Senior Leaving Certificate Examination (including Day School Certificate (Higher) General paper), 1948
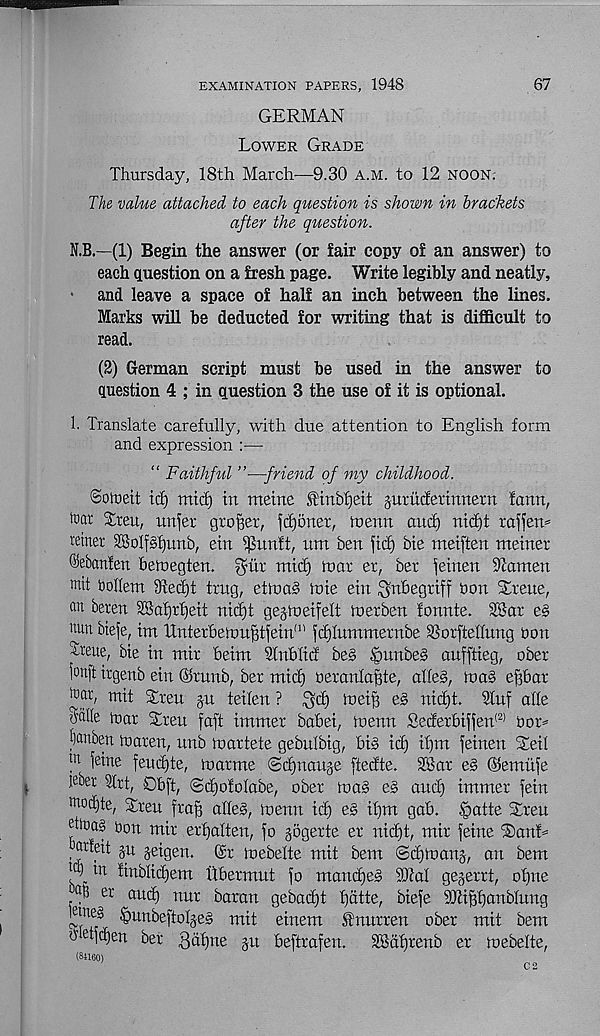
67
EXAMINATION PAPERS, 1948
GERMAN
Lower Grade
Thursday, 18th March-—9.30 a.m. to 12 noon.
The value attached to each question is shown in brackets
after the question.
N.B.—(1) Begin the answer (or fair copy of an answer) to
each question on a fresh page. Write legibly and neatly,
•
and leave a space of half an inch between the lines,
Marks will be deducted for writing that is difficult to
read.
(2) German script must be used in the answer to
question 4 ; in question 3 the use of it is optional.
1. Translate carefully, with due attention to English form
and expression :—
“ Faithful ”—friend of my childhood.
©oioeit id) mid) in meine I'inbfjeit guruderimtern lann,
tear Lteu, unfet grower, )d)5rter, menu and) nid)t raffem
xtmx 23oIf§l)unb, ein ^untt, um ben fid) bie meiften meiner
^ebanfen beiuegten. ^iir mid) mar er, ber feinen Stamen
mii bollem 9ted)t trug, etma§ mie ein ^nbegriff bon SLreue,
atl ^eten T8af)rt)eit nid)t gejmeifelt merben tonnte. 28ar eg
nun
tm llnterbemu^tfein' 1 ' fdjlummernbe SSorftellung bon
Steue, bie in mir beim Slnblid beg £nmbeg aufftieg, ober
fonft irgenb ein ©runb, ber mid) beranla^te, aheg, mag e^bar
tbcir, ruit Streu ju teilen ?
fbe^B
uid)t. Sluf alle
Sdlle mar Siren faft immer babei, menn Sederbiffen (2) bor=
|)cmben maren, unb martete gebulbig, big id) if)m feinen Sleil
! n fc™ 6 feudjte, marme ©djnauje ftedte. SBar eg ©emitfe
dber 91rt, Obft, ©djotolabe, ober mag eg and) immer fein
m°d )te, Sren frafj aheg, menn id) eg if)m gab. §atte Siren
dtnag bon mir erf)alten, fo jogerte er nid)t, mir feme ®anf=
, tttfeit ju geigen. ©r mebelte mit bem ©djmanj, an bem
lc 9_ in finblidjem llbermut fo mandjeg SJial gegerrt, ol)ne
a B er and) nur baran gebadft f)atte, biefe SEi^fjanblung
|)unbeftoIjeg mit einem Stnurren ober mit bem
betfd)en ber 3df)ne ju beftrafen.
28al)renb er mebelte,
(84160)